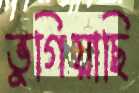
ভুগিয়াছি